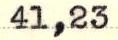
41,23